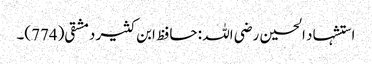
استشہاد الحسین رضی اللہ : حافظ ابن کثیر دمشقی(774)۔